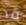
قد